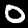
Label: 0